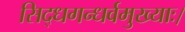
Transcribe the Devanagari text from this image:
सिद्धगन्धर्वमुख्याः।